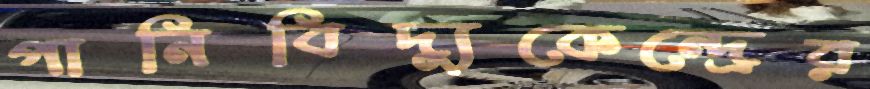
পানিবিদ্যুকেন্দ্রের